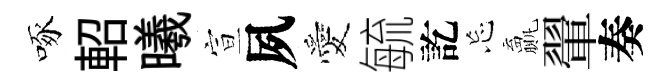
啄軺曦宣夙愛毓訖忘贏翬奏